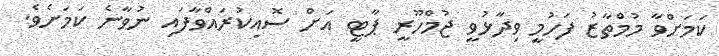
ކަމަށްވާ މުމްތާޒު ފަހުމީ ވިދާޅުވީ ޖުމްހޫރީ ޕާޓީ އަށް ސޮއިކުރައްވާފައި ނުވާނެ ކަމަށެވެ.